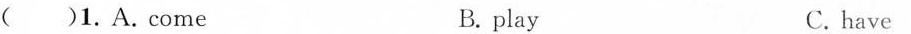
()1.A.come B. play C. have